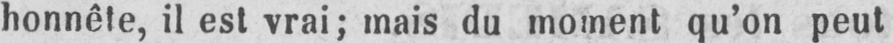
honnête, il est vrai; mais du moment qu’on peut